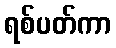
ရစ်ပတ်ကာ